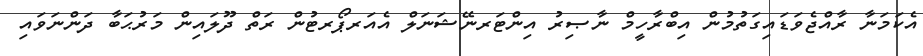
އެކަމަނާ ރާއްޖެވަޑައިގަތުމުން އިބްރާހީމް ނާޞިރު އިންޓަރނޭޝަނަލް އެއަރޕޯރޓުން ރަތް ދޫލައިން މަރުޙަބާ ދަންނަވައި